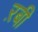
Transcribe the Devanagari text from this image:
ऱबी